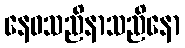
နေဝသညိနာသညိနော